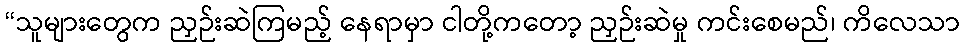
“သူများတွေက ညှဉ်းဆဲကြမည့် နေရာမှာ ငါတို့ကတော့ ညှဉ်းဆဲမှု ကင်းစေမည်၊ ကိလေသာ